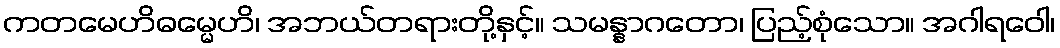
ကတမေဟိဓမ္မေဟိ၊ အဘယ်တရားတို့နှင့်။ သမန္နာဂတော၊ ပြည့်စုံသော။ အဂါရဝေါ၊